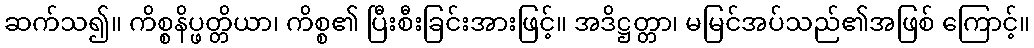
ဆက်သ၍။ ကိစ္စနိပ္ဖတ္တိယာ၊ ကိစ္စ၏ ပြီးစီးခြင်းအားဖြင့်။ အဒိဋ္ဌတ္တာ၊ မမြင်အပ်သည်၏အဖြစ် ကြောင့်။